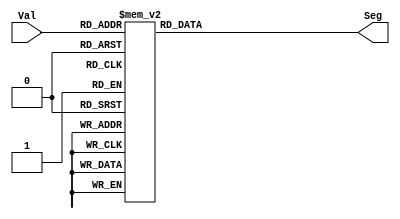
// sevensegdecoder.v
// Based off of sevenseghexdecoder.v from lab 4,
// Limited to decimal digits
//
// Shaya Wolf
// 2017-04-17

`timescale 1ns / 1ps

module sevensegdecoder(Seg,Val);
	output 	[0:6] Seg;
	input 	[3:0] Val;
	reg 	[0:6] Seg;

	always @(Val)
	begin
		case(Val) // 0 = On | 1 = Off
			4'h0: Seg = 7'b000_0001;
			4'h1: Seg = 7'b100_1111; //      0
			4'h2: Seg = 7'b001_0010; //     ---
			4'h3: Seg = 7'b000_0110; // 5  |   |  1
			4'h4: Seg = 7'b100_1100; //     -6-
			4'h5: Seg = 7'b010_0100; // 4  |   |  2
			4'h6: Seg = 7'b010_0000; //     ---
			4'h7: Seg = 7'b000_1111; //      3
			4'h8: Seg = 7'b000_0000;
			4'h9: Seg = 7'b000_0100;
			default: Seg = 7'b000_0000;
		endcase
	end
endmodule